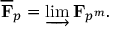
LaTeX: { \overline { { \mathbf { F } } } } _ { p } = \varinjlim \mathbf { F } _ { p ^ { m } } .